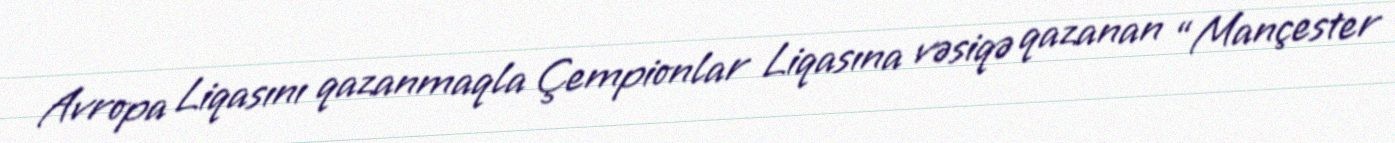
Avropa Liqasını qazanmaqla Çempionlar Liqasına vəsiqə qazanan “Mançester